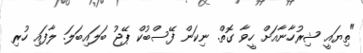
"ތިޔައީ ޝިރުހާނާއަށް ހީވާ ގޮތް. ނިކަން ފޭސްބުކް ޕޭޖު ބަލައިބަލަ. ލާފައި ހުރި